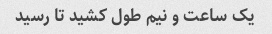
یک ساعت و نیم طول کشید تا رسید